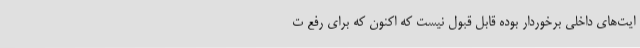
ایت‌های داخلی برخوردار بوده قابل قبول نیست که اکنون که برای رفع ت